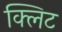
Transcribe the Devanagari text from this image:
क्लिट